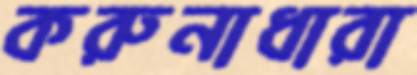
করুনাধারা